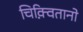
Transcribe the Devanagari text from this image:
चिक़्वितानो